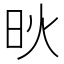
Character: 炚